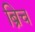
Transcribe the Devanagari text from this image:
ब्रिच